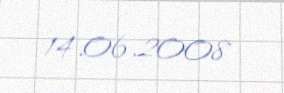
14.06.2008